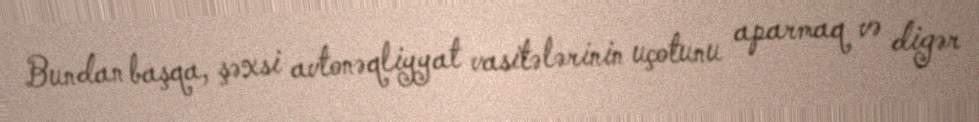
Bundan başqa, şəxsi avtonəqliyyat vasitələrinin uçotunu aparmaq və digər